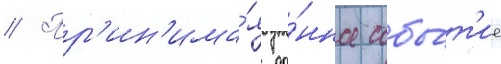
// Пр'ин'има́я да́нное собы́т'ие